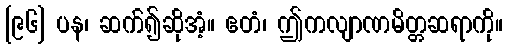
[၉၆] ပန၊ ဆက်၍ဆိုအံ့။ ဧတံ၊ ဤကလျာဏမိတ္တဆရာကို။